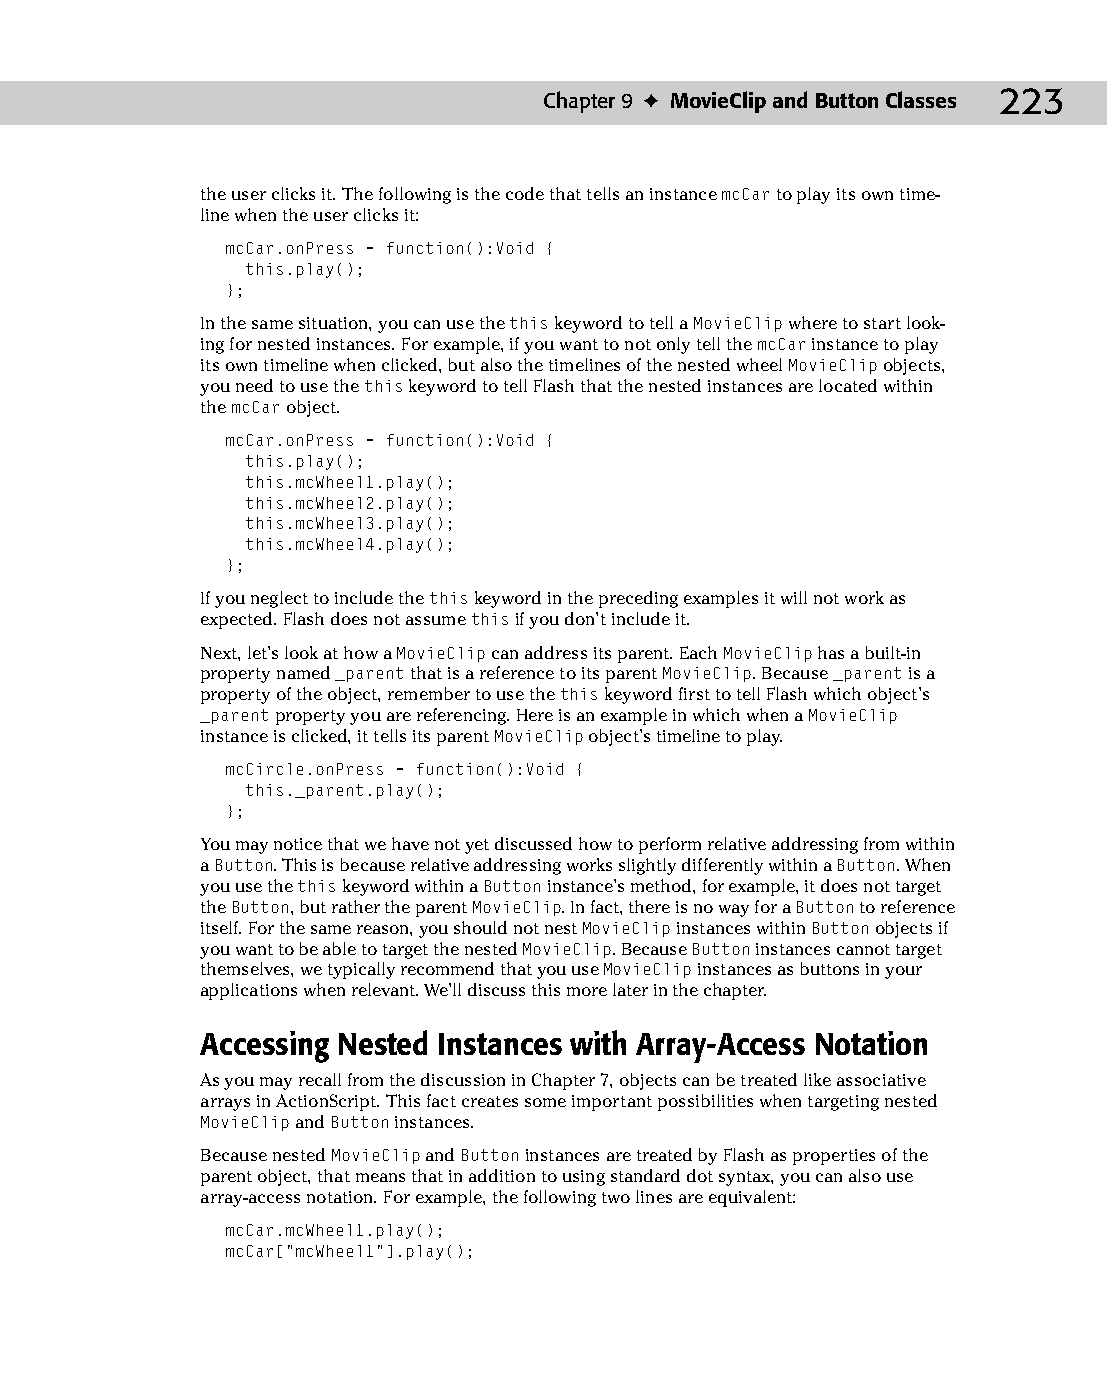
13 543547 ch09.qxd 3/24/04 3:49 PM Page 223
 Chapter 9 ✦ MovieClip and Button Classes 223
 the user clicks it. The following is the code that tells an instance mcCar to play its own time­
 line when the user clicks it:
 mcCar.onPress = function():Void {
 this.play();
 };
 In the same situation, you can use the this keyword to tell a MovieClip where to start look­
 ing for nested instances. For example, if you want to not only tell the mcCar instance to play
 its own timeline when clicked, but also the timelines of the nested wheel MovieClip objects,
 you need to use the this keyword to tell Flash that the nested instances are located within
 the mcCar object.
 mcCar.onPress = function():Void {
 this.play();
 this.mcWheel1.play();
 this.mcWheel2.play();
 this.mcWheel3.play();
 this.mcWheel4.play();
 };
 If you neglect to include the this keyword in the preceding examples it will not work as
 expected. Flash does not assume this if you don’t include it.
 Next, let’s look at how a MovieClip can address its parent. Each MovieClip has a built-in
 property named _parent that is a reference to its parent MovieClip. Because _parent is a
 property of the object, remember to use the this keyword first to tell Flash which object’s
 _parent property you are referencing. Here is an example in which when a MovieClip
 instance is clicked, it tells its parent MovieClip object’s timeline to play.
 mcCircle.onPress = function():Void {
 this._parent.play();
 };
 You may notice that we have not yet discussed how to perform relative addressing from within
 a Button. This is because relative addressing works slightly differently within a Button. When
 you use the this keyword within a Button instance’s method, for example, it does not target
 the Button, but rather the parent MovieClip. In fact, there is no way for a Button to reference
 itself. For the same reason, you should not nest MovieClip instances within Button objects if
 you want to be able to target the nested MovieClip. Because Button instances cannot target
 themselves, we typically recommend that you use MovieClip instances as buttons in your
 applications when relevant. We’ll discuss this more later in the chapter.
 Accessing Nested Instances with Array-Access Notation
 As you may recall from the discussion in Chapter 7, objects can be treated like associative
 arrays in ActionScript. This fact creates some important possibilities when targeting nested
 MovieClip and Button instances.
 Because nested MovieClip and Button instances are treated by Flash as properties of the
 parent object, that means that in addition to using standard dot syntax, you can also use
 array-access notation. For example, the following two lines are equivalent:
 mcCar.mcWheel1.play();
 mcCar[“mcWheel1”].play();